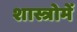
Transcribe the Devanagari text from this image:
शास्त्रोमें